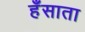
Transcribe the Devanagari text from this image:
हँसाता